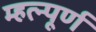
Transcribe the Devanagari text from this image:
म्हत्न्पूर्ण